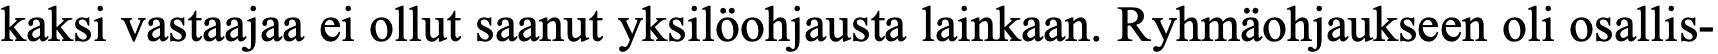
kaksi vastaajaa ei ollut saanut yksilöohjausta lainkaan. Ryhmäohjaukseen oli osallis-